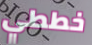
خططي